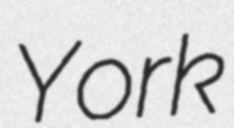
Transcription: York